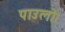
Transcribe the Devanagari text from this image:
पाउलो।